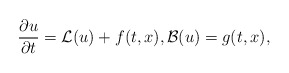
\begin{align*} \frac{\partial u}{\partial t} = \mathcal{L}(u) + f(t,x), \mathcal{B}(u) = g(t,x), \end{align*}